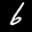
Label: 6